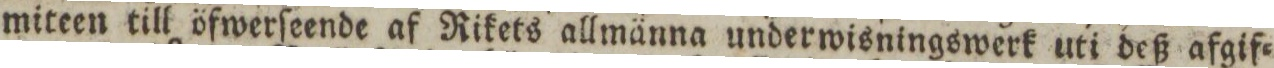
miteen till öfwerſeende af Rikets allmänna underwisningswerk uti deß afgif=